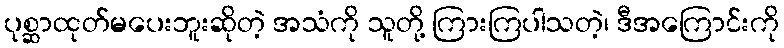
ပုစ္ဆာထုတ်မပေးဘူးဆိုတဲ့ အသံကို သူတို့ ကြားကြပါသတဲ့၊ ဒီအကြောင်းကို